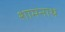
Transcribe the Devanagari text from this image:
शामनाथ